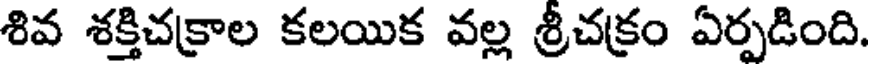
శివ శక్తిచక్రాల కలయిక వల్ల శ్రీచక్రం ఏర్పడింది.